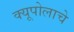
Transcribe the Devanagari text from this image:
क्यूपोलाचे